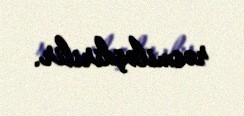
rəsmiləşdirilir.